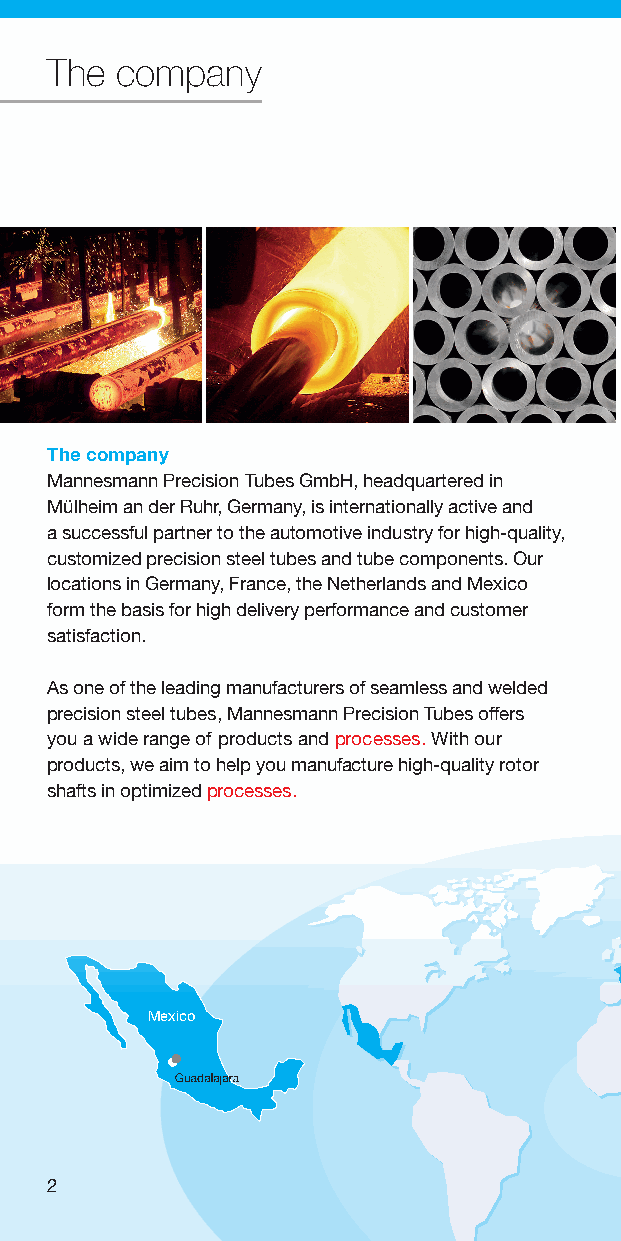
The  company
 The company
 Mannesmann Precision Tubes GmbH, headquartered in
 Mülheim an der Ruhr, Germany, is internationally active and
 a successful partner to the automotive industry for high-quality,
 customized precision steel tubes and tube components. Our
 locations in Germany, France, the Netherlands and Mexico
 form the basis for high delivery performance and customer
 satisfaction.
 As one of the leading manufacturers of seamless and welded
 precision steel tubes, Mannesmann Precision Tubes offers
 you a wide range of products and processes. With our
 products, we aim to help you manufacture high-quality rotor
 shafts in optimized processes.
 Netherlands
 Mexico
 Germany
 France
 2